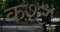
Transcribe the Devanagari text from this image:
कश्ट